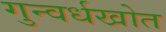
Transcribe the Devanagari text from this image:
गुन्वर्धखोत